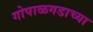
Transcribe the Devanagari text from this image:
गोपाळगडाच्या